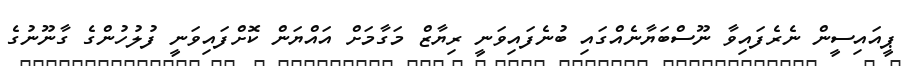
ޕީއައިސީން ނެރެފައިވާ ނޫސްބަޔާނެއްގައި ބުނެފައިވަނީ ރިޔާޒް މަގާމަށް އައްޔަން ކޮށްފައިވަނީ ފުލުހުންގެ ގާނޫނުގެ